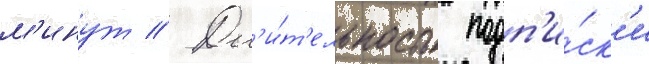
м'инут // Дл'и́т'ельность подп'и́ск'и